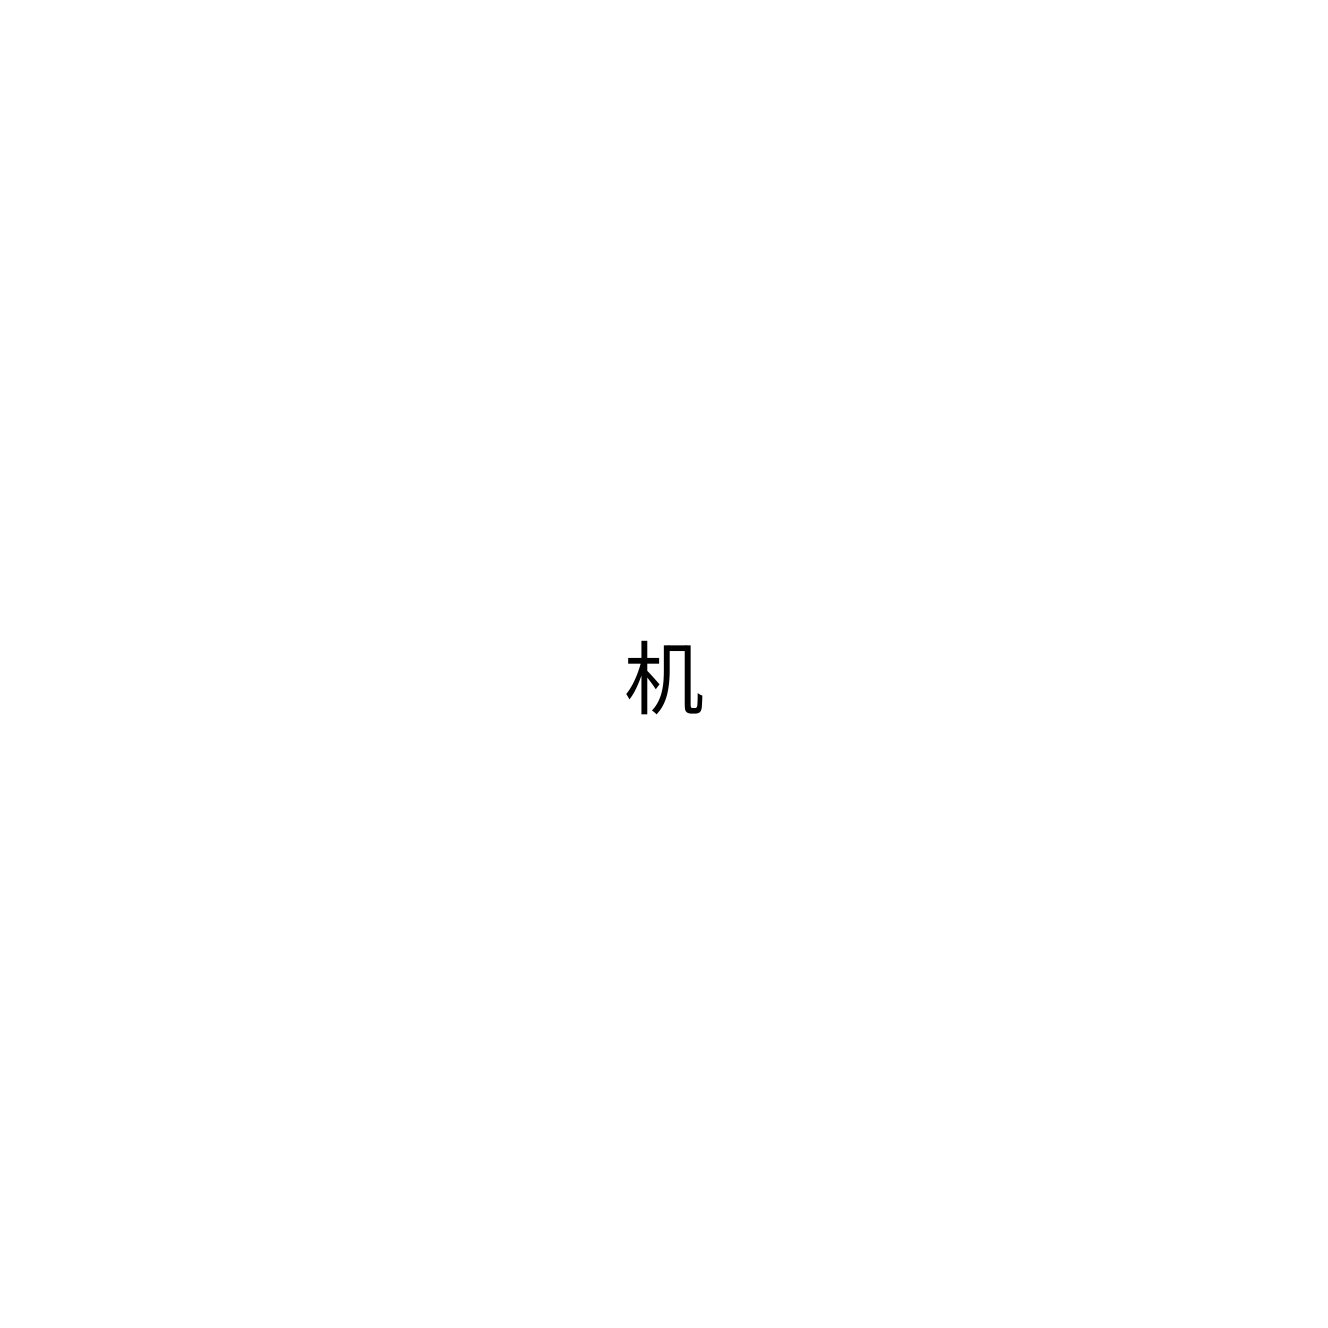
机